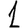
Digit: 1